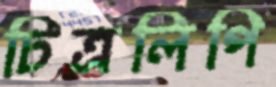
চিত্রলিপি